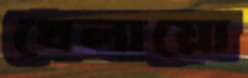
খেলায়ো